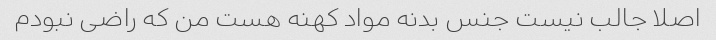
اصلا جالب نیست جنس بدنه مواد کهنه هست من که راضی نبودم